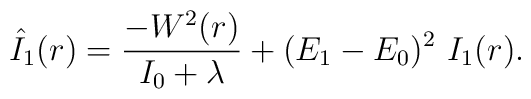
\hat{I}_1 (r) = \frac{-W^2(r)}{I_0+\lambda } +(E_1-E_0)^2{}~I_1(r).